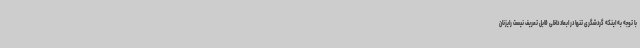
با توجه به اینکه گردشگری تنها در ابعاد داخلی قابل تعریف نیست رایزنان